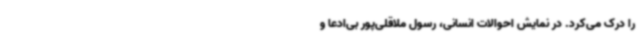
را درک می‌کرد. در نمایش احوالات انسانی، رسول ملاقلی‌پور بی‌ادعا و